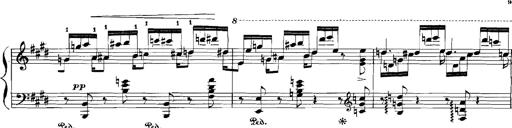
Title: Rhapsodies hongroises
Composer: Franz Liszt